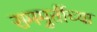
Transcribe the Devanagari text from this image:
राममुर्तीच्या